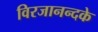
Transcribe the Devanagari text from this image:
विरजानन्दके